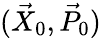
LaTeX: (\vec{X}_{0},\vec{P}_{0})